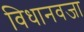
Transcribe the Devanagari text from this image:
विधानवजा